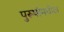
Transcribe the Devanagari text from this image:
पुरूषांमधील